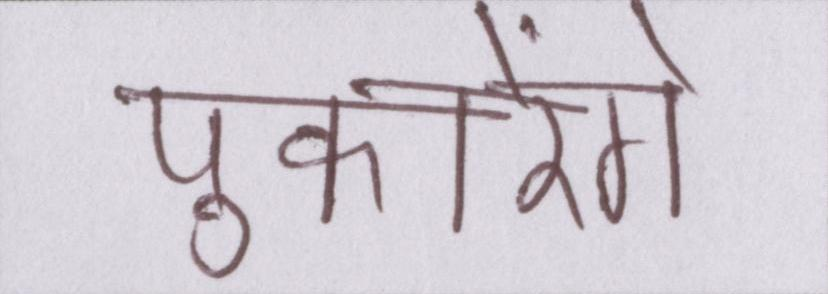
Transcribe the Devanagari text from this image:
पुकारेंगे